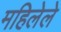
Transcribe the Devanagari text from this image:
महिलेले